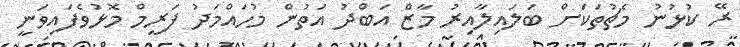
ރޭ ކުޅުނު މެޗުތަކަށް ބަލައިލާއިރު މާޒް އަބްދު އަތުން މުހައްމަދު ފަރީމް މޮޅުވެފައިވަނީ